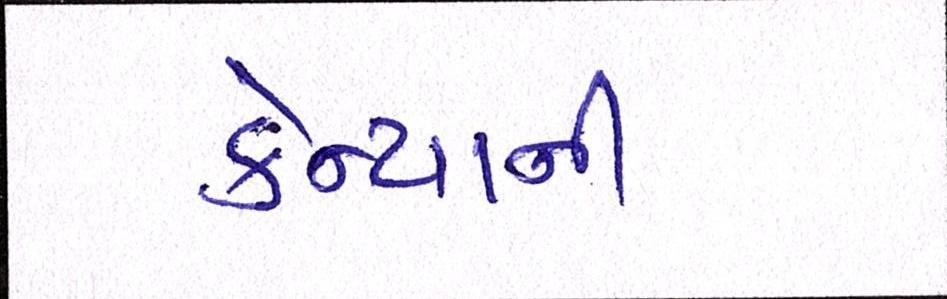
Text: કેન્યાની